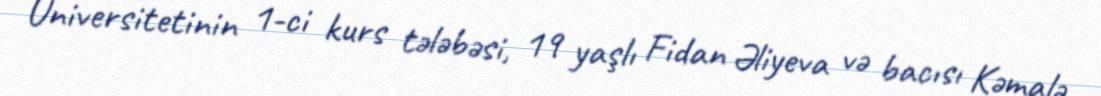
Universitetinin 1-ci kurs tələbəsi, 19 yaşlı Fidan Əliyeva və bacısı Kəmalə